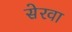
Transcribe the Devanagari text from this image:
सेरवा